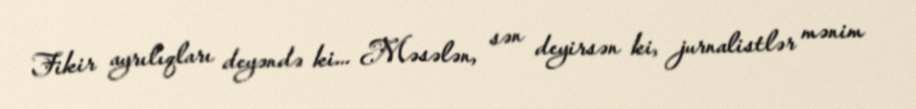
Fikir ayrılıqları deyəndə ki... Məsələn, sən deyirsən ki, jurnalistlər mənim